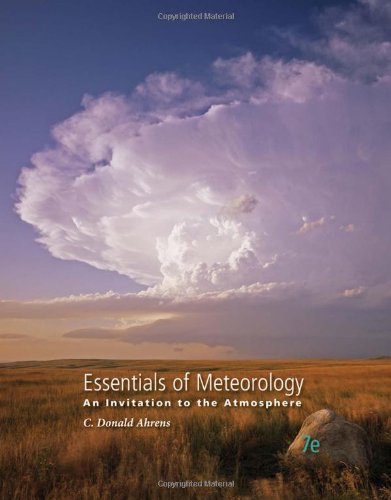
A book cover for Essentials of Meteorology: An Invitation to the Atmosphere; C. Donald Ahrens; Science & Math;